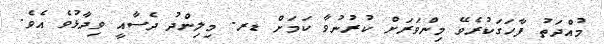
މުއްދަތު ފާހަގަކުރެވޭ މިންވަރަށް ކުރުނުވާ ކަމަށް ޑރ. މިލިންދު ދެސާއީ ވިދާޅުވެ އެވެ.